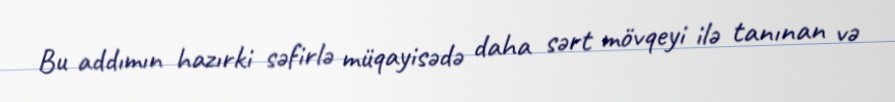
Bu addımın hazırki səfirlə müqayisədə daha sərt mövqeyi ilə tanınan və